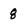
Character: 8